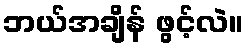
ဘယ်အချိန် ဖွင့်လဲ။